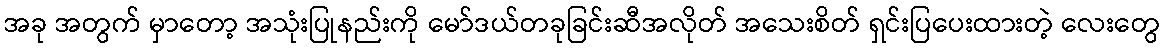
အခု အတွက် မှာတော့ အသုံးပြုနည်းကို မော်ဒယ်တခုခြင်းဆီအလိုတ် အသေးစိတ် ရှင်းပြပေးထားတဲ့ လေးတွေ